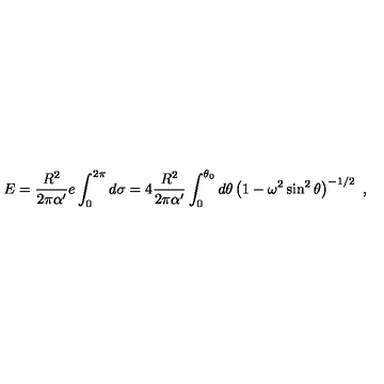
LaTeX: E = { \frac { R ^ { 2 } } { 2 \pi \alpha ^ { \prime } } } e \int _ { 0 } ^ { 2 \pi } d \sigma = 4 { \frac { R ^ { 2 } } { 2 \pi \alpha ^ { \prime } } } \int _ { 0 } ^ { \theta _ { 0 } } d \theta \left( 1 - \omega ^ { 2 } \sin ^ { 2 } \theta \right) ^ { - 1 / 2 } \ ,